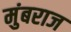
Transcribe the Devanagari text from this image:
मुंबराज